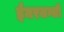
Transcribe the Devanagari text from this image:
ईमरजन्सी